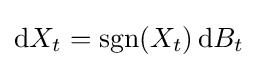
\mathrm {d} X_{t}=\operatorname {sgn}(X_{t})\,\mathrm {d} B_{t}